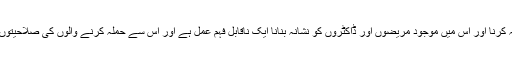
ان احتیاطی تدابیر کے باوجود ایک اسپتال پر حملہ کرنا اور اس میں موجود مریضوں اور ڈاکٹروں کو نشانہ بنانا ایک ناقابلِ فہم عمل ہے اور اس سے حملہ کرنے والوں کی صلاحیتوں، نیتوں اور ان کے اصل اہداف پر سوال اٹھتا ہے۔